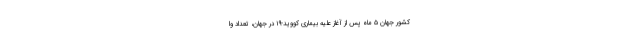
کشور جهان ۵ ماه پس از آغاز علیه بیماری کووید-۱۹ در جهان، تعداد وا